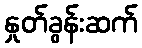
နှုတ်ခွန်းဆက်